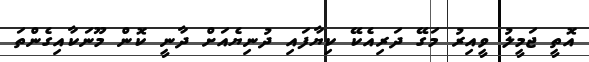
އޮތީ ޖަމީލު ވީއިރު މަގޭ ދަރިއެކޭ ކިޔާފައި ދުނިޔެއަށް ދާނީ ކޮން މޫނަކާއިގެންތަ